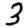
Digit: 3